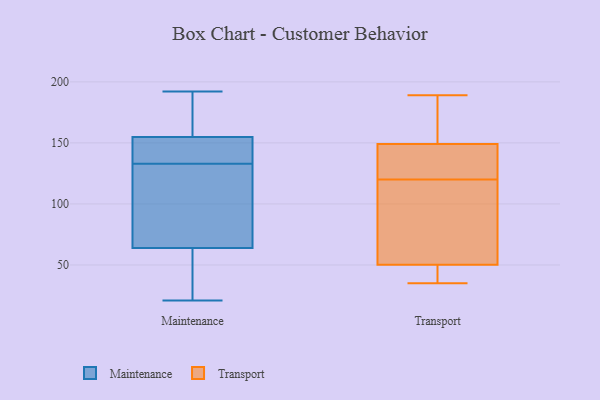
{"axis": {"x": "Inventory Turnover", "y": "Value"}, "legend": ["Maintenance", "Transport"], "data": [{"x": "", "y": 155, "type": "Maintenance"}, {"x": "", "y": 48, "type": "Maintenance"}, {"x": "", "y": 112, "type": "Maintenance"}, {"x": "", "y": 32, "type": "Maintenance"}, {"x": "", "y": 155, "type": "Maintenance"}, {"x": "", "y": 147, "type": "Maintenance"}, {"x": "", "y": 133, "type": "Maintenance"}, {"x": "", "y": 192, "type": "Maintenance"}, {"x": "", "y": 21, "type": "Maintenance"}, {"x": "", "y": 130, "type": "Maintenance"}, {"x": "", "y": 154, "type": "Maintenance"}, {"x": "", "y": 153, "type": "Transport"}, {"x": "", "y": 120, "type": "Transport"}, {"x": "", "y": 50, "type": "Transport"}, {"x": "", "y": 35, "type": "Transport"}, {"x": "", "y": 51, "type": "Transport"}, {"x": "", "y": 174, "type": "Transport"}, {"x": "", "y": 38, "type": "Transport"}, {"x": "", "y": 131, "type": "Transport"}, {"x": "", "y": 189, "type": "Transport"}, {"x": "", "y": 94, "type": "Transport"}, {"x": "", "y": 137, "type": "Transport"}]}